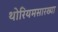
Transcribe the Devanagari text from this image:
थोरियमसारख्या